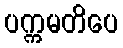
ပက္ကမတိပေ